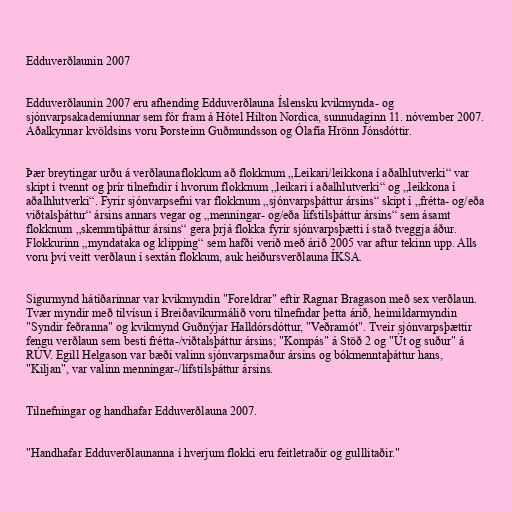
Edduverðlaunin 2007

Edduverðlaunin 2007 eru afhending Edduverðlauna Íslensku kvikmynda- og
sjónvarpsakademíunnar sem fór fram á Hótel Hilton Nordica, sunnudaginn 11. nóvember 2007.
Aðalkynnar kvöldsins voru Þorsteinn Guðmundsson og Ólafía Hrönn Jónsdóttir.

Þær breytingar urðu á verðlaunaflokkum að flokknum „Leikari/leikkona í aðalhlutverki“ var
skipt í tvennt og þrír tilnefndir í hvorum flokknum „leikari í aðalhlutverki“ og „leikkona í
aðalhlutverki“. Fyrir sjónvarpsefni var flokknum „sjónvarpsþáttur ársins“ skipt í „frétta- og/eða
viðtalsþáttur“ ársins annars vegar og „menningar- og/eða lífstílsþáttur ársins“ sem ásamt
flokknum „skemmtiþáttur ársins“ gera þrjá flokka fyrir sjónvarpsþætti í stað tveggja áður.
Flokkurinn „myndataka og klipping“ sem hafði verið með árið 2005 var aftur tekinn upp. Alls
voru því veitt verðlaun í sextán flokkum, auk heiðursverðlauna ÍKSA.

Sigurmynd hátíðarinnar var kvikmyndin "Foreldrar" eftir Ragnar Bragason með sex verðlaun.
Tvær myndir með tilvísun í Breiðavíkurmálið voru tilnefndar þetta árið, heimildarmyndin
"Syndir feðranna" og kvikmynd Guðnýjar Halldórsdóttur, "Veðramót". Tveir sjónvarpsþættir
fengu verðlaun sem besti frétta-/viðtalsþáttur ársins; "Kompás" á Stöð 2 og "Út og suður" á
RÚV. Egill Helgason var bæði valinn sjónvarpsmaður ársins og bókmenntaþáttur hans,
"Kiljan", var valinn menningar-/lífstílsþáttur ársins.

Tilnefningar og handhafar Edduverðlauna 2007.

"Handhafar Edduverðlaunanna í hverjum flokki eru feitletraðir og gulllitaðir."